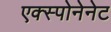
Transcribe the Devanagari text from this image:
एक्स्पोनेनेट